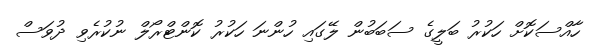
ހާއްސަކޮށް ހަކުރު ބަލީގެ ސަބަބުން ލޭގައި ހުންނަ ހަކުރު ކޮންޓްރޯލް ނުކުރެވި ދުވަސް